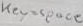
Text: key=space